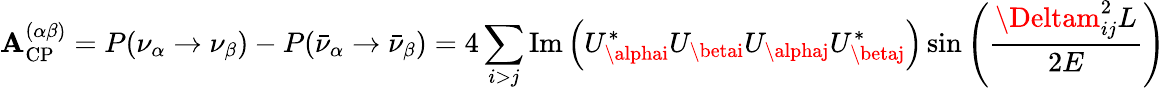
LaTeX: \mathbf{A}_{\mathrm{{CP}}}^{(\alpha\beta)}=P(\nu_{\alpha}\rightarrow\nu_{\beta})-P({\bar{{\nu}}}_{\alpha}\rightarrow{\bar{{\nu}}}_{\beta})=4\sum_{i>j}\operatorname{Im}\left(U_{\alphai}^{*}U_{\betai}U_{\alphaj}U_{\betaj}^{*}\right)\sin\left({\frac{{\Deltam_{ij}^{2}L}}{{2E}}}\right)